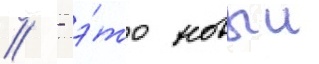
// - э́то новыи